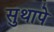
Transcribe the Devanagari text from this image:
सुथापे